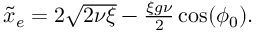
\begin{array} { r } { \tilde { x } _ { e } = 2 \sqrt { 2 \nu \xi } - \frac { \xi g \nu } { 2 } \cos ( \phi _ { 0 } ) . } \end{array}